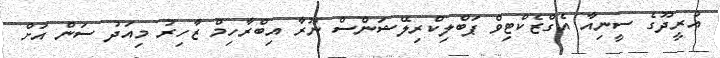
އުރީދޫގެ ސީނިއާ އެގްޒެކްޓިވް ޕަބްލިކްރިލޭޝަންސް ނޫރާ އިބްރާހިމް ޒާހިރު މިއަދު ސަން އަށް